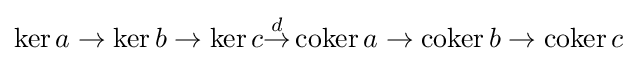
\ker a\to \ker b\to \ker c{\overset {d}{\to }}\operatorname {coker} a\to \operatorname {coker} b\to \operatorname {coker} c